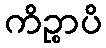
ကိဉ္စာပိ